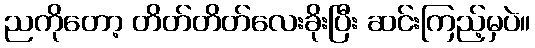
ညကိုတော့ တိတ်တိတ်လေးခိုးပြီး ဆင်းကြည့်မှပဲ။